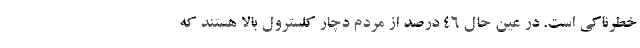
خطرناکی است. در عین حال ۴۶ درصد از مردم دچار کلسترول بالا هستند که